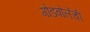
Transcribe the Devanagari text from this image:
गोडबोलेंची